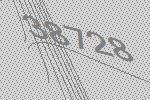
38728